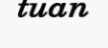
tuan